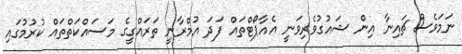
ނަމަވެސް ޗައިނާ އިން ޝައުގުވެރިވަނީ އެއާޕޯޓްތައް ފަދަ އުމްރާނީ ތަރައްގީގެ މަސައްކަތްތައް ކުރުމުގައި